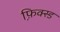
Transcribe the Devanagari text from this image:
फ़ि़क्स्ड